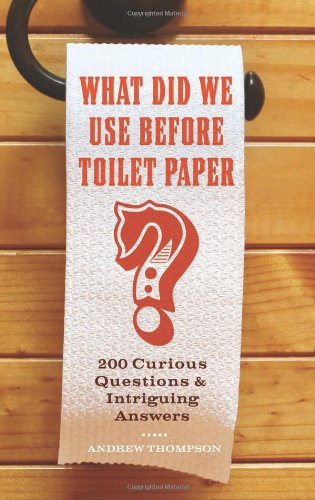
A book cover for What Did We Use Before Toilet Paper?: 200 Curious Questions and Intriguing Answers; Andrew Thompson; Humor & Entertainment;